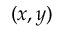
( x , y )